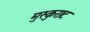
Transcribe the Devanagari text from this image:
मुस्कुराट